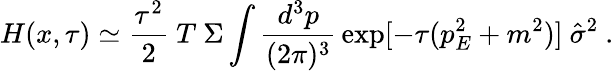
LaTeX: H(x,\tau)\simeq{\frac{\tau^{2}}{2}}~T~\Sigma\int{\frac{d^{3}p}{(2\pi)^{3}}}\exp[-\tau(p_{E}^{2}+m^{2})]~\hat{\sigma}^{2}~.